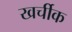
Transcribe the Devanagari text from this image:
खर्चीक